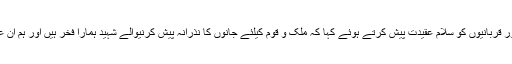
وفد نے ملک کے دفاع کیلئے شہداء کی بہادری اور قربانیوں کو سلام عقیدت پیش کرتے ہوئے کہا کہ ملک و قوم کیلئے جانوں کا نذرانہ پیش کرنیوالے شہید ہمارا فخر ہیں اور ہم ان عظیم شہداء کی قربانیوں کو کبھی نہیں بھلا سکتے۔